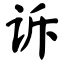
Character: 诉